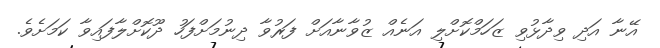
އޭނާ އަދި ވިދާޅުވި ޒަހަމްކޮށްލި އަނެއް ޒުވާނާއަށް ފަރުވާ ދިނުމަށްފަހު ދޫކޮށްލާފައިވާ ކަމަށެވެ.